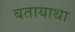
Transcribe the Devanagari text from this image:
बतायाथा